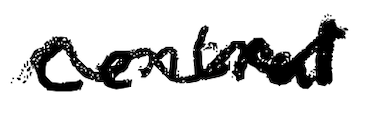
Text: central
Cross-out: wave
Writing tool: digital_black